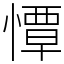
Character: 憛